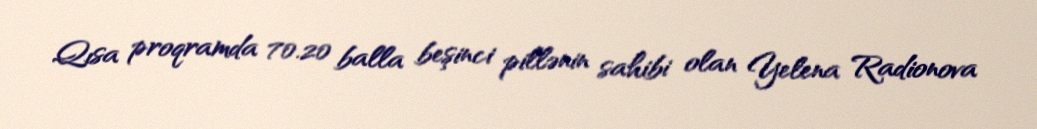
Qısa proqramda 70.20 balla beşinci pillənin sahibi olan Yelena Radionova